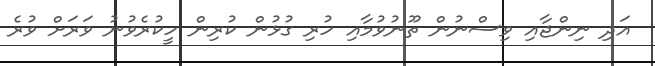
އަދި ނިންޖާއި ވިސްނުން ތޫނުވުމާއި ހުރި ގުޅުން ކުރިން ހީކުރެވުނު ވަރަށް ވުރެ